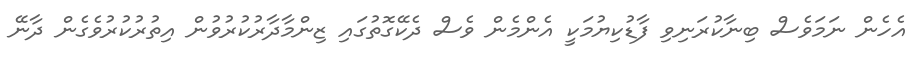
އެހެން ނަމަވެސް ބިނާކުރަނިވި ފާޑުކިޔުމަކީ އެންމެން ވެސް ދެކޭގޮތުގައި ޒިންމާދާރުކުރުވުން އިތުރުކުރުވެގެން ދާނޭ